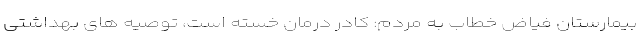
بیمارستان فیاض خطاب به مردم: کادر درمان خسته است، توصیه های بهداشتی